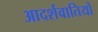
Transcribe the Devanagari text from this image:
आदर्शवातियों